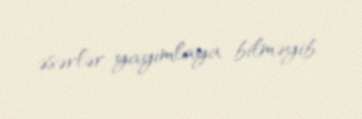
əsərlər yayımlaya bilməyib.